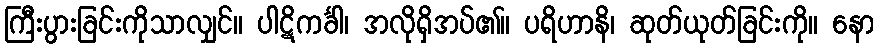
ကြီးပွားခြင်းကိုသာလျှင်။ ပါဋိကင်္ခါ၊ အလိုရှိအပ်၏။ ပရိဟာနိ၊ ဆုတ်ယုတ်ခြင်းကို။ နော